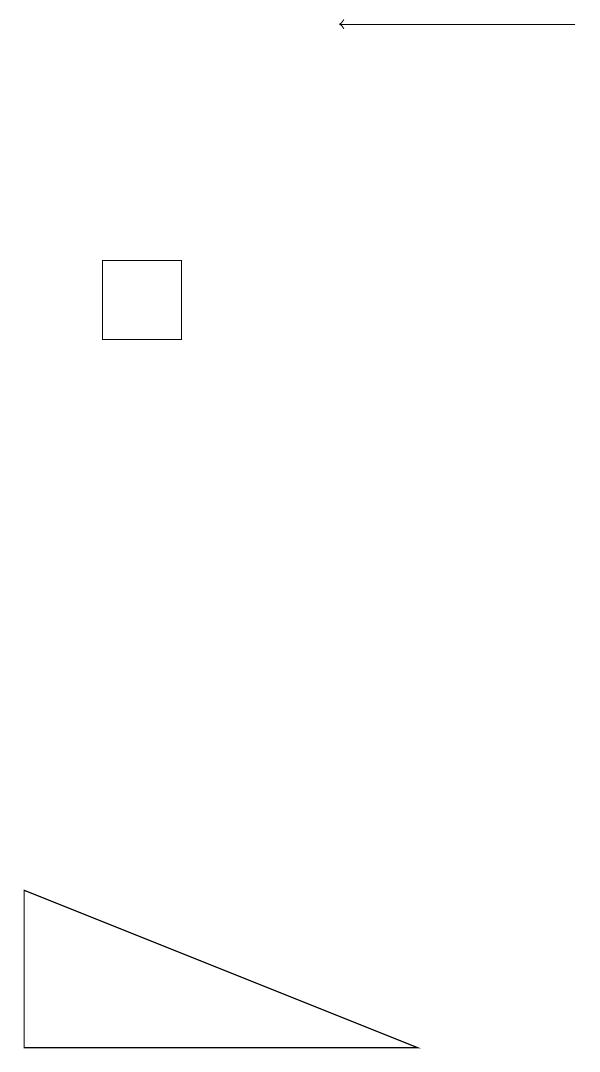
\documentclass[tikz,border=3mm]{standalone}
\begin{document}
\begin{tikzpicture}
\draw (2,15) rectangle (3,16);
\draw (1,6) -- (6,6) -- (1,8) -- cycle;
\draw[->] (8,19) -- (5,19);
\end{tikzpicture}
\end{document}